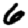
Digit: 6